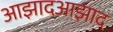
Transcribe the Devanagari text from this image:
आझादआझाद